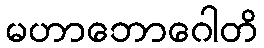
မဟာဘောဂေါတိ